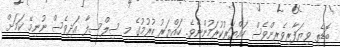
ބޮޑެތި ވިޔަފާރިވެރިންވެސް ހައްޔަރުކުރަމުންނެވެ. ހައްޔަރު ކުރުމުގެ މި ސިލްސިލާ އަދިވެސް ނުނިމޭ ކަމަށް